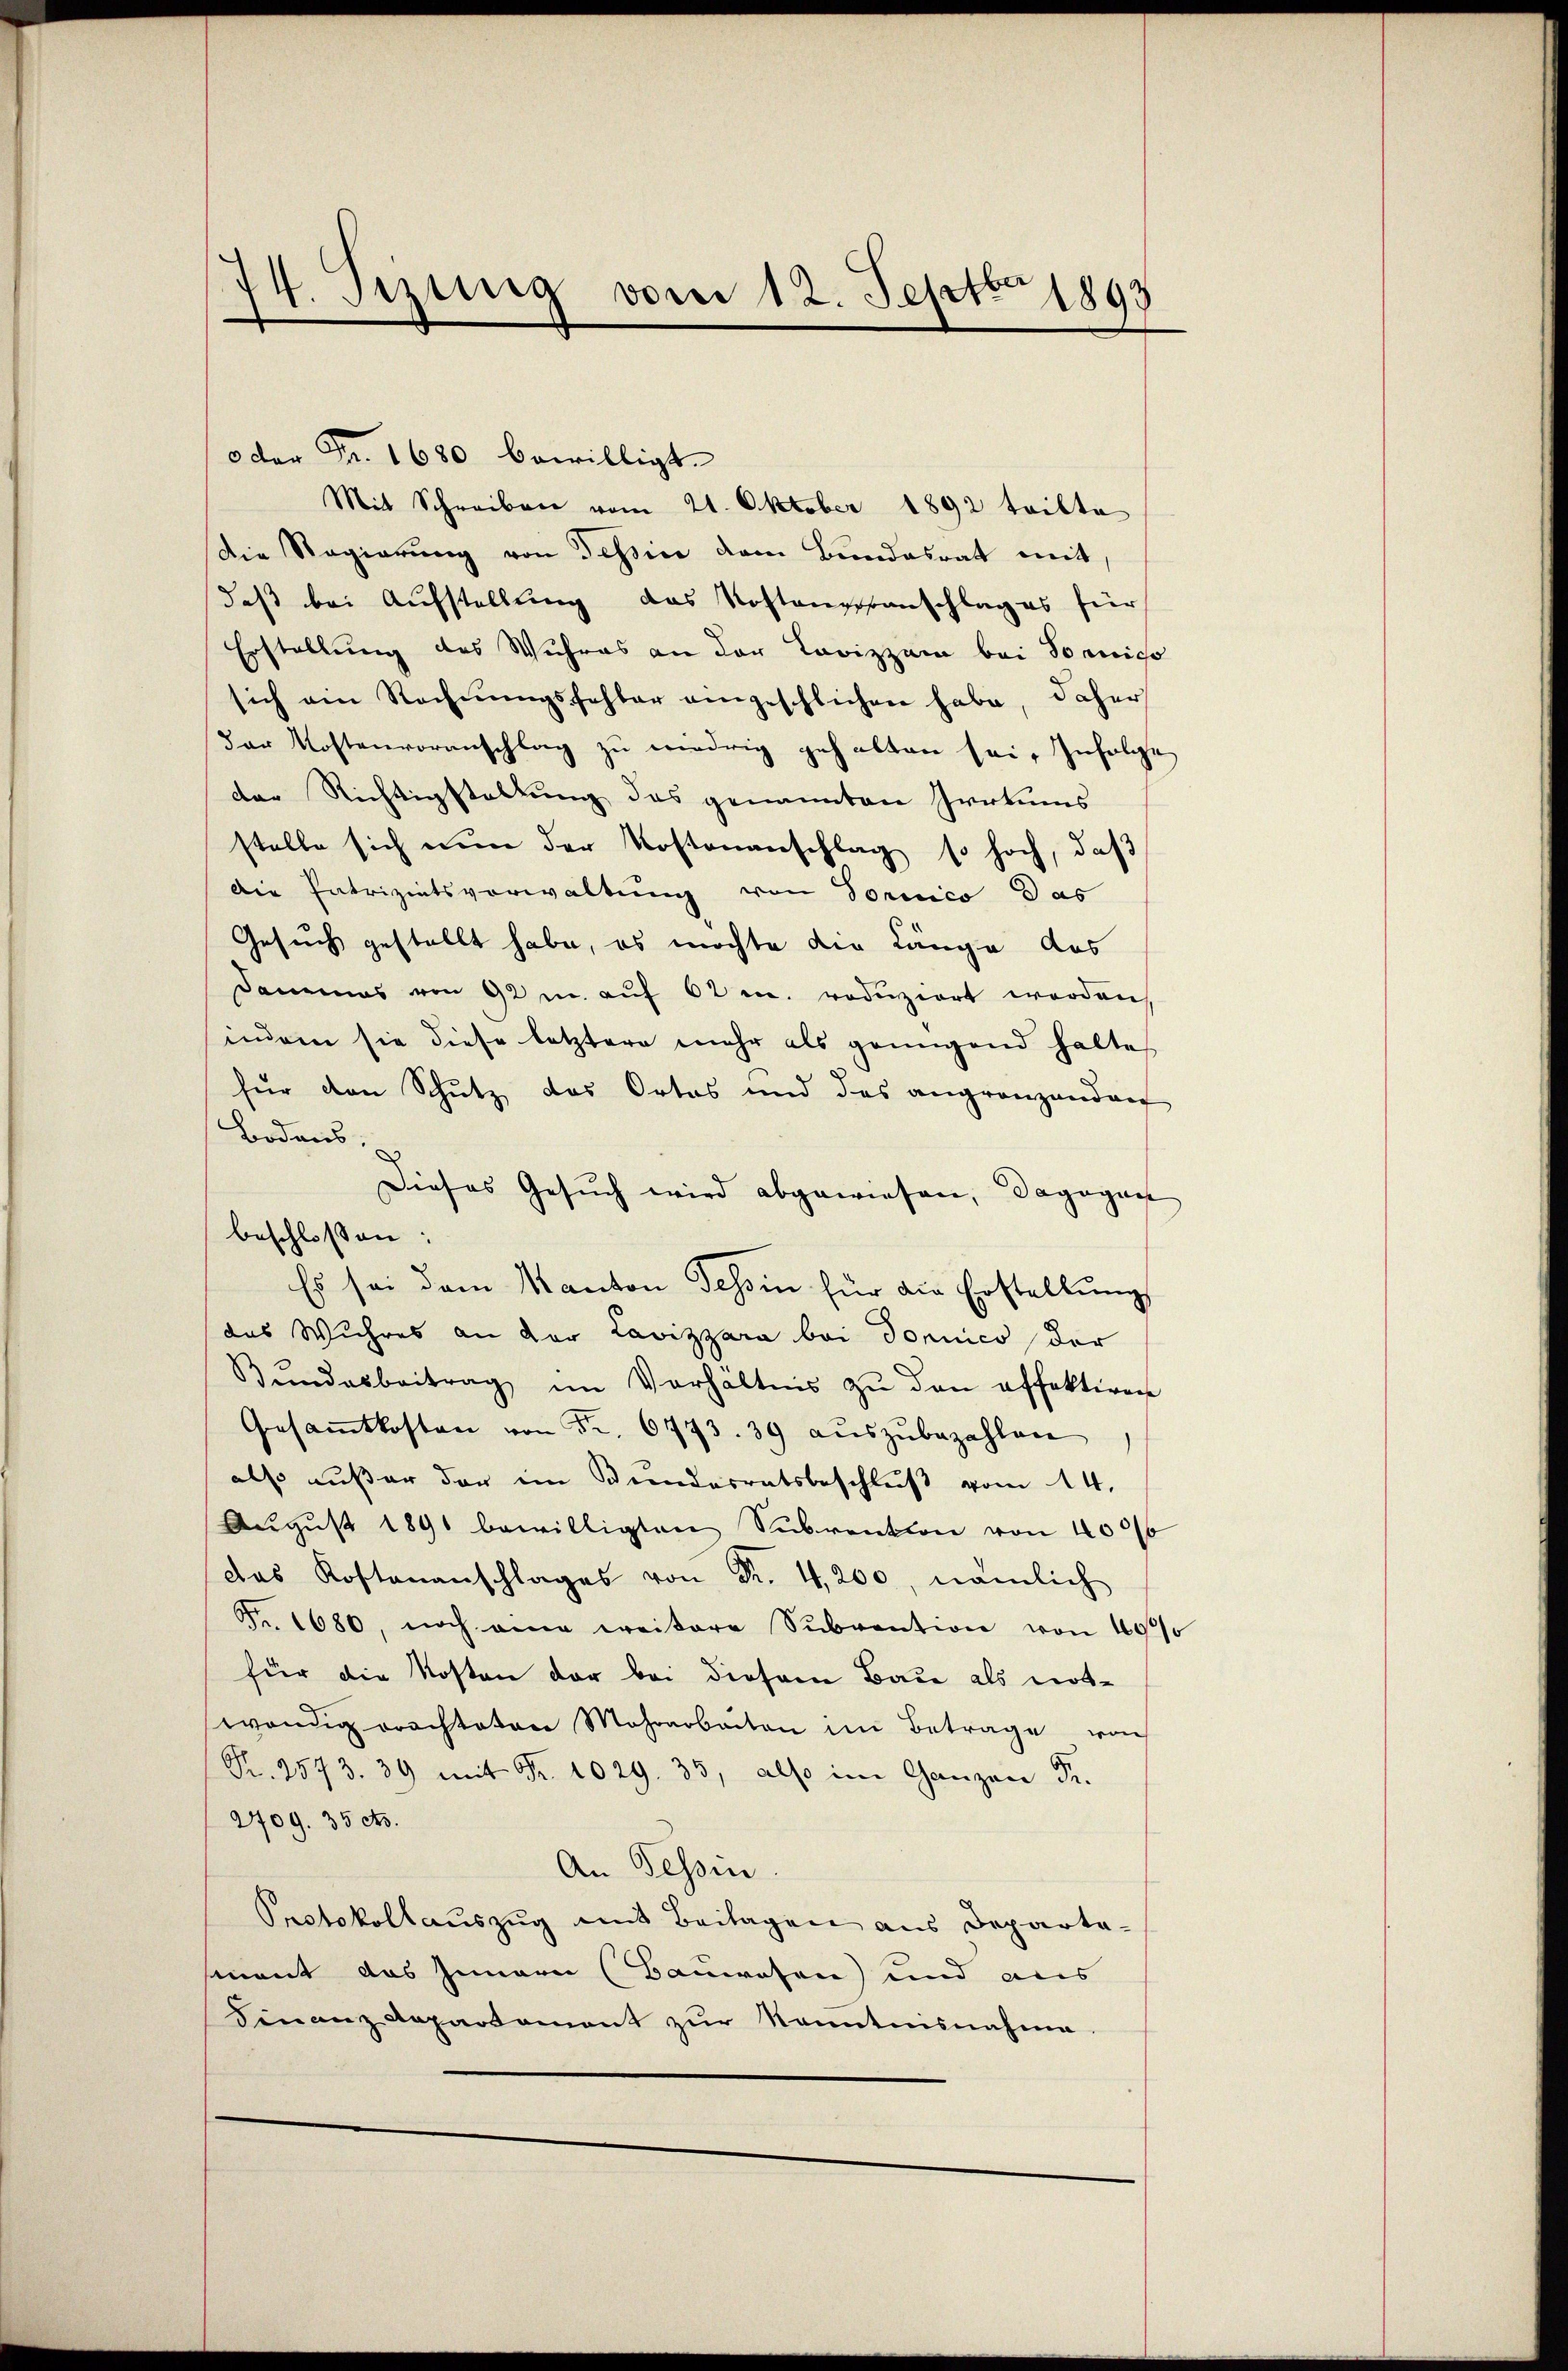
74. Sizung vom 12. Septbr 1893

oder Fr. 1680 bewilligt.
Die Regierung von Tessin dem Bundesrat mit
daß bei Aufstellung das Kostenveranschlag es für
Erstellung des Wuhres an der Lavizzam bei Tornigo
sich am Rechnŭngsfehler angeschlichen habe, daher
der Kostenvoranschlag zu wiedrig gehalten sei. Infolge
der Richtigstellung des genannten Irrtums
stelle sich nun der Kostenanschlag so hoch, daß
die Patriziatsverwaltung von Tornico das
Gesuch gestellt habe, es möchte die Länge des
Dammes von 92 m auf 62 u. roduziert worden,
indem sie diese letztere mehr als genügend halte
für den Schutz das Ortes und das angränzenden
Bodens,
Dieses Gesŭch wird abgewiesen, dagegen
Es sei dem Kanton Tessin für die Erstellŭng
das Wuhres an der Lavizzara bei donnico der
Bundesbeitrag im Verhältnis zŭ den offektiven
Gesammtkosten von Fr. 6773. 39 aŭszŭbezahlen
also außer der im Bundesratsbeschluß vom 14.
Aŭgŭst 1891 bewilligten Subvention von 4006
das Kostenanschlages von Fr. 4,200, nämlich
Fr. 1680, noch eine weitere Subvention von 1000
für die Kosten der bei diesem Baue als not-
wendig erachteten Mehrarbeiten im Betrage vo
Kr. 2573. 39 mit Fr. 1029. 33, also im Ganzen Fr.
2709. 35 dto.
An Tessin
Protokollauszug aus Beilagen aus Departa-
mant das Innern (Bauwesen und aus
Finanzdepartament zŭr Kenntnisnahme.

beschlossen:

Mit Schreiben vom 21. Oktober 1892 tritte